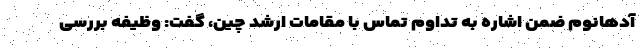
آدهانوم ضمن اشاره به تداوم تماس با مقامات ارشد چین، گفت: وظیفه بررسی